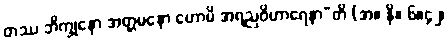
တဿ ဘိက္ခုနော အတ္တမနော ဟောမိ အရညဝိဟာရေနာ”တိ (အ။ နိ။ ၆။၄၂၊